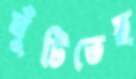
ঘুঁটিতেছ